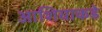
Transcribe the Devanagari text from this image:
आशियाकडे